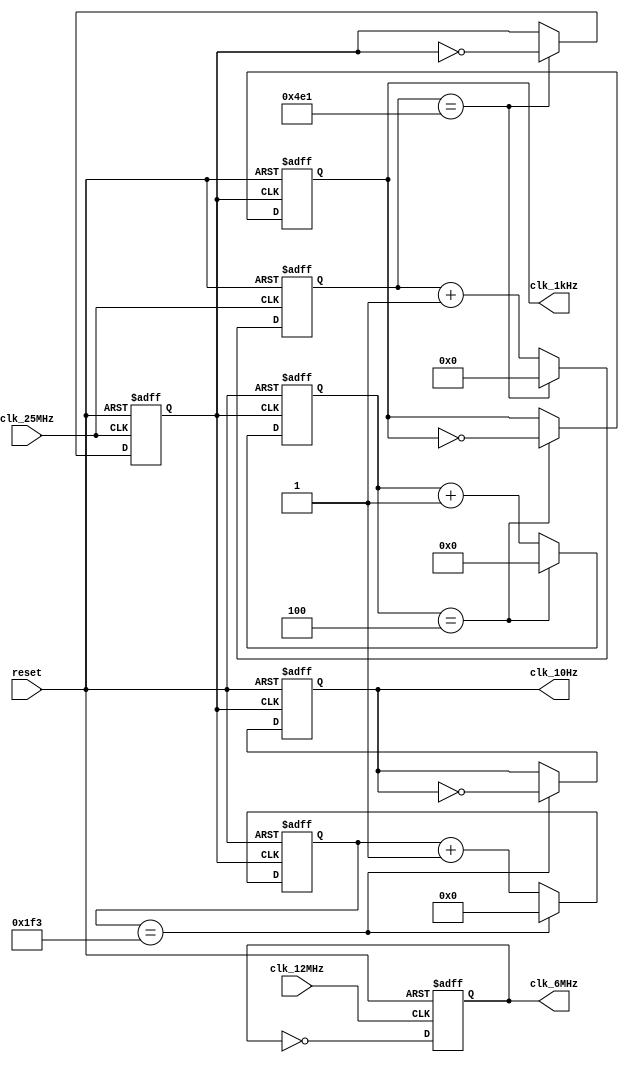
`timescale 1ns / 1ps
//////////////////////////////////////////////////////////////////////////////////
// Company: 
// Engineer: 
// 
// Design Name: 
// Module Name:    clkdiv 
// Project Name: 
// Target Devices: 
// Tool versions: 
// Description: 
//
// Dependencies: 
//
// Revision: 
// Revision 0.01 - File Created
// Additional Comments: 
//
//////////////////////////////////////////////////////////////////////////////////
module clkdiv(reset,clk_25MHz,clk_12MHz,clk_6MHz,clk_10Hz,clk_1kHz);
input reset;
input clk_25MHz;
input clk_12MHz;
output reg clk_6MHz;
output reg clk_10Hz;

output reg clk_1kHz;
reg[12:0] count1;
reg[9:0] count2;
reg [3:0]count3;

reg  clk_10kHz;


parameter count_width=2500;

	

always @(posedge clk_12MHz, negedge reset) //clk_6MHz
	begin
		if(!reset)
			begin
				clk_6MHz<=0;
			end
		else 
			begin
				clk_6MHz<=~clk_6MHz;
			end
	end


always @(posedge clk_25MHz, negedge reset) //5000
	begin
		if(!reset)
			begin
				count1<=0;
				clk_10kHz<=0;
			end
		else 
			begin
				if(count1==count_width/2-1)
				begin
					clk_10kHz<=~clk_10kHz;
					count1<=0;
				end
				else
				begin
					count1<=count1+1;
					//clk_10kHz<=~clk_10kHz;
				end
			end
	end

always @(posedge clk_10kHz, negedge reset)
	begin
		if(!reset)
			begin
				count2<=0;
				clk_10Hz<=0;
			end
		else if(count2==499)
		begin
			clk_10Hz<=~clk_10Hz;
			count2<=0;
		end
		else
			begin
			count2<=count2+1; 
			//clk_1kHz=~clk_1kHz;
			end
	end

always @(posedge clk_10kHz, negedge reset)
	begin
		if(!reset)
			begin
				count3<=0;
				clk_1kHz<=0;
			end
		else if(count3==4)
		begin
			clk_1kHz<=~clk_1kHz;
			count3<=0;
		end
		else
			begin
			count3<=count3+1; 
			//clk_1kHz=~clk_1kHz;
			end
	end


endmodule